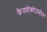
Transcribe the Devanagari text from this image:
फेनप्रोकोउमोन